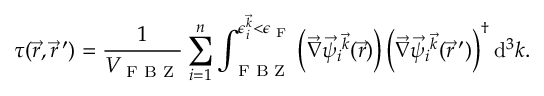
\boldsymbol { \tau } ( \vec { r } , \vec { r } \, ^ { \prime } ) = \frac { 1 } { V _ { \textrm { F B Z } } } \sum _ { i = 1 } ^ { n } \int _ { \textrm { F B Z } } ^ { \epsilon _ { i } ^ { \vec { k } } < \epsilon _ { \textrm { F } } } \left( \vec { \nabla } \vec { \psi } _ { i } { ^ { \vec { k } } } ( \vec { r } ) \right) \left( \vec { \nabla } \vec { \psi } _ { i } { ^ { \vec { k } } } ( \vec { r } \, ^ { \prime } ) \right) ^ { \dagger } \mathrm { d } ^ { 3 } k .